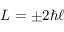
L = \pm 2 \hbar \ell